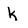
Character: k